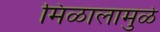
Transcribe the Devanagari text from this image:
मिळालामुळे